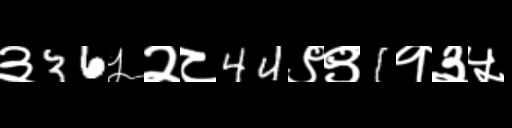
Text: ३36५२८44९९1१३५